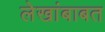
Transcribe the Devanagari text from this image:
लेखांबाबत